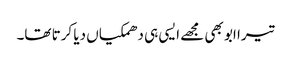
تیرا ابو بھی مجھے ایسی ہی دھمکیاں دیا کرتا تھا۔